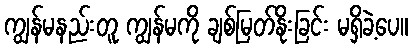
ကျွန်မနည်းတူ ကျွန်မကို ချစ်မြတ်နိုးခြင်း မရှိခဲ့ပေ။